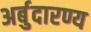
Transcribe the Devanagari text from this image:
अर्बुदारण्य